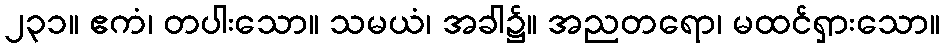
၂၃၁။ ဧကံ၊ တပါးသော။ သမယံ၊ အခါ၌။ အညတရော၊ မထင်ရှားသော။